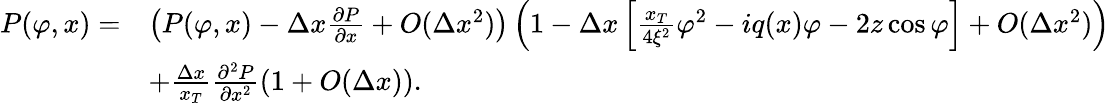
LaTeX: \begin{array}{rl}{P(\varphi,x)=}&{\left(P(\varphi,x)-\Delta x\frac{\partial P}{\partial x}+O(\Delta x^{2})\right)\left(1-\Delta x\left[\frac{x_{T}}{4\xi^{2}}\varphi^{2}-iq(x)\varphi-2z\cos\varphi\right]+O(\Delta x^{2})\right)}\\ &{+\frac{\Delta x}{x_{T}}\frac{\partial^{2}P}{\partial x^{2}}(1+O(\Delta x)).}\end{array}